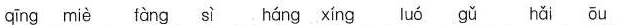
qing mie fang si hang xing luo gu hai ou